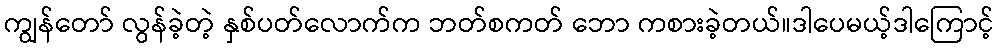
ကျွန်တော် လွန်ခဲ့တဲ့ နှစ်ပတ်လောက်က ဘတ်စကတ် ဘော ကစားခဲ့တယ်။ဒါပေမယ့်ဒါကြောင့်